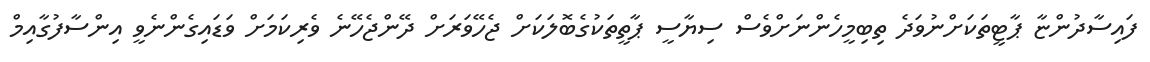
ފައިސާދުންޏާ ޕާޓީތަކަށްނުވަދެ ތިބިމީހެންނަށްވެސް ސިޔާސީ ޕާތީތަކުގެބޮލަކަށް ޖެހޭވަރަށް ދޭންޖެހޭނެ ވެރިކަމަށް ވަޑައިގެންނެވީ އިންސާފުގާއިމް